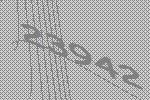
23942